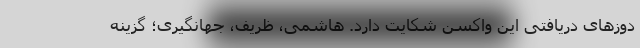
دوزهای دریافتی این واکسن شکایت دارد. هاشمی، ظریف، جهانگیری؛ گزینه